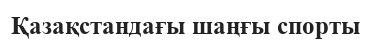
Қазақстандағы шаңғы спорты